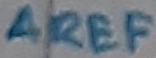
Text: AREF